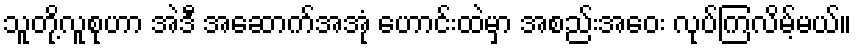
သူတို့လူစုဟာ အဲဒီ အဆောက်အအုံ ဟောင်းထဲမှာ အစည်းအဝေး လုပ်ကြလိမ့်မယ်။